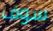
سوف